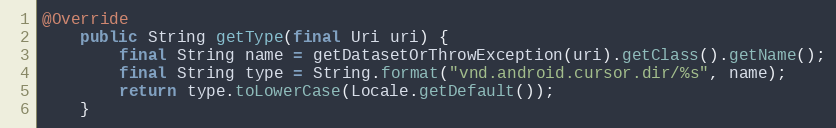
Language: Java
@Override
	public String getType(final Uri uri) {
		final String name = getDatasetOrThrowException(uri).getClass().getName();
		final String type = String.format("vnd.android.cursor.dir/%s", name);
		return type.toLowerCase(Locale.getDefault());
	}